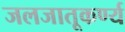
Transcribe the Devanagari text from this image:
जलजातूकर्ण्य